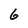
Character: 6